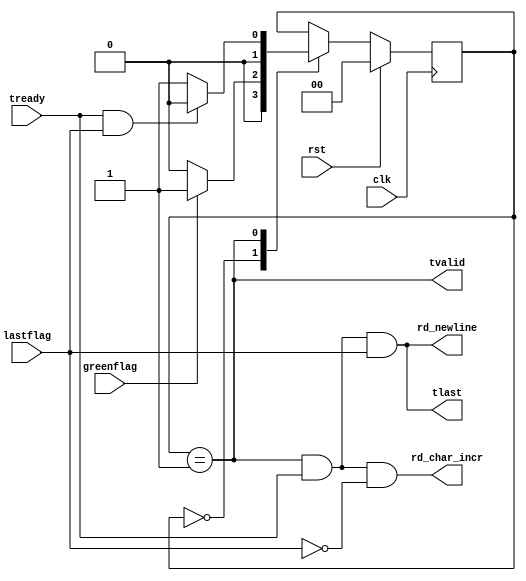
`timescale 1ns / 1ps
//////////////////////////////////////////////////////////////////////////////////
// Company:
// 
// Create Date:
// Design Name: 
// Module Name: readbuf_fsm
// Project Name: EtherBlade.net_v1 
// Target Devices: 
// Tool Versions: 
// Description: 
// 
// Dependencies: 
// 
// Version: 0.01
// Additional Comments:
// 
//////////////////////////////////////////////////////////////////////////////////
module readbuf_fsm(
input clk,				/*Clock*/
input rst,				/*Reset*/
input greenflag,		/*From CountersBlock*/
input lastflag,			/*From CountersBlock*/
input tready,			/*AXI-in*/   
output tvalid,			/*AXI-out*/
output tlast,			/*AXI-out*/
output rd_newline,		/*To CountersBlock*/	
output rd_char_incr		/*To CountersBlock*/
);

//IDLE (WAIT FOR GREENFLAG) STATE
parameter IDLE = 2'b00;
//READ FROM BUFFER STATE
parameter READ = 2'b01;

reg [1:0] state;

// Control state machine implementation 
always@(posedge clk)
  begin
    if(rst)
      begin
        state <= IDLE;	/*Initial state is IDLE, wait for GREENFLAG*/
	  end
  else
    begin
     case(state)
       IDLE: if(greenflag) 
            begin 
              state <= READ; 
            end
           else
            begin
              state <= IDLE;
            end
       READ: if(tready && lastflag) 
            begin 
              state <= IDLE; 
            end
           else
            begin
              state <= READ;
            end
     endcase
    end
 end

 //"tvalid" generation
 assign tvalid = ((state == READ));
 //"tlast" generation
 assign tlast = ((state == READ) && (tready) && (lastflag));
 //"rd_char_incr" generation
 assign rd_char_incr = ((state == READ) && (tready) && (!lastflag));
 //"rd_newline" generation
 assign rd_newline = ((state == READ) && (tready) && (lastflag));    
        
endmodule